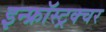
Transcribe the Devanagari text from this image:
इन्फ्रॉस्ट्रक्चर